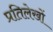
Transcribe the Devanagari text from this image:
प्रतिलेखों